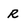
Character: R